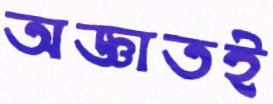
অজ্ঞাতই